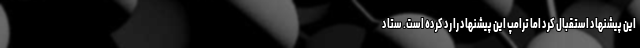
این پیشنهاد استقبال کرد اما ترامپ این پیشنهاد را رد کرده است. ستاد